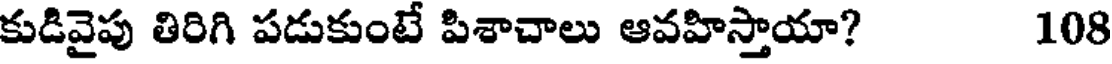
కుడివైపు తిరిగి పడుకుంటే పిశాచాలు ఆవహిస్తాయా? 108